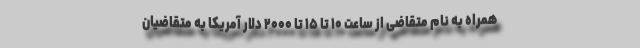
همراه به نام متقاضی از ساعت ۱۰ تا ۱۵ تا ۲۰۰۰ دلار آمریکا به متقاضیان